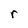
Character: r